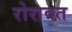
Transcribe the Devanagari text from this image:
रोरावत